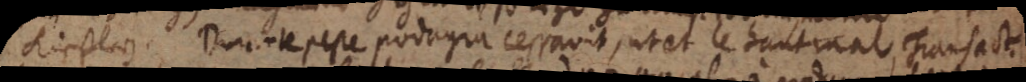
Kieflerum. Durante peste podagra cessavit, ut et le haut mal Transact.